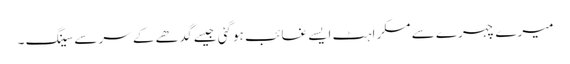
میرے چہرے سے مسکراہٹ ایسے غائب ہوگئی جیسے گدھے کے سرسے سینگ ۔